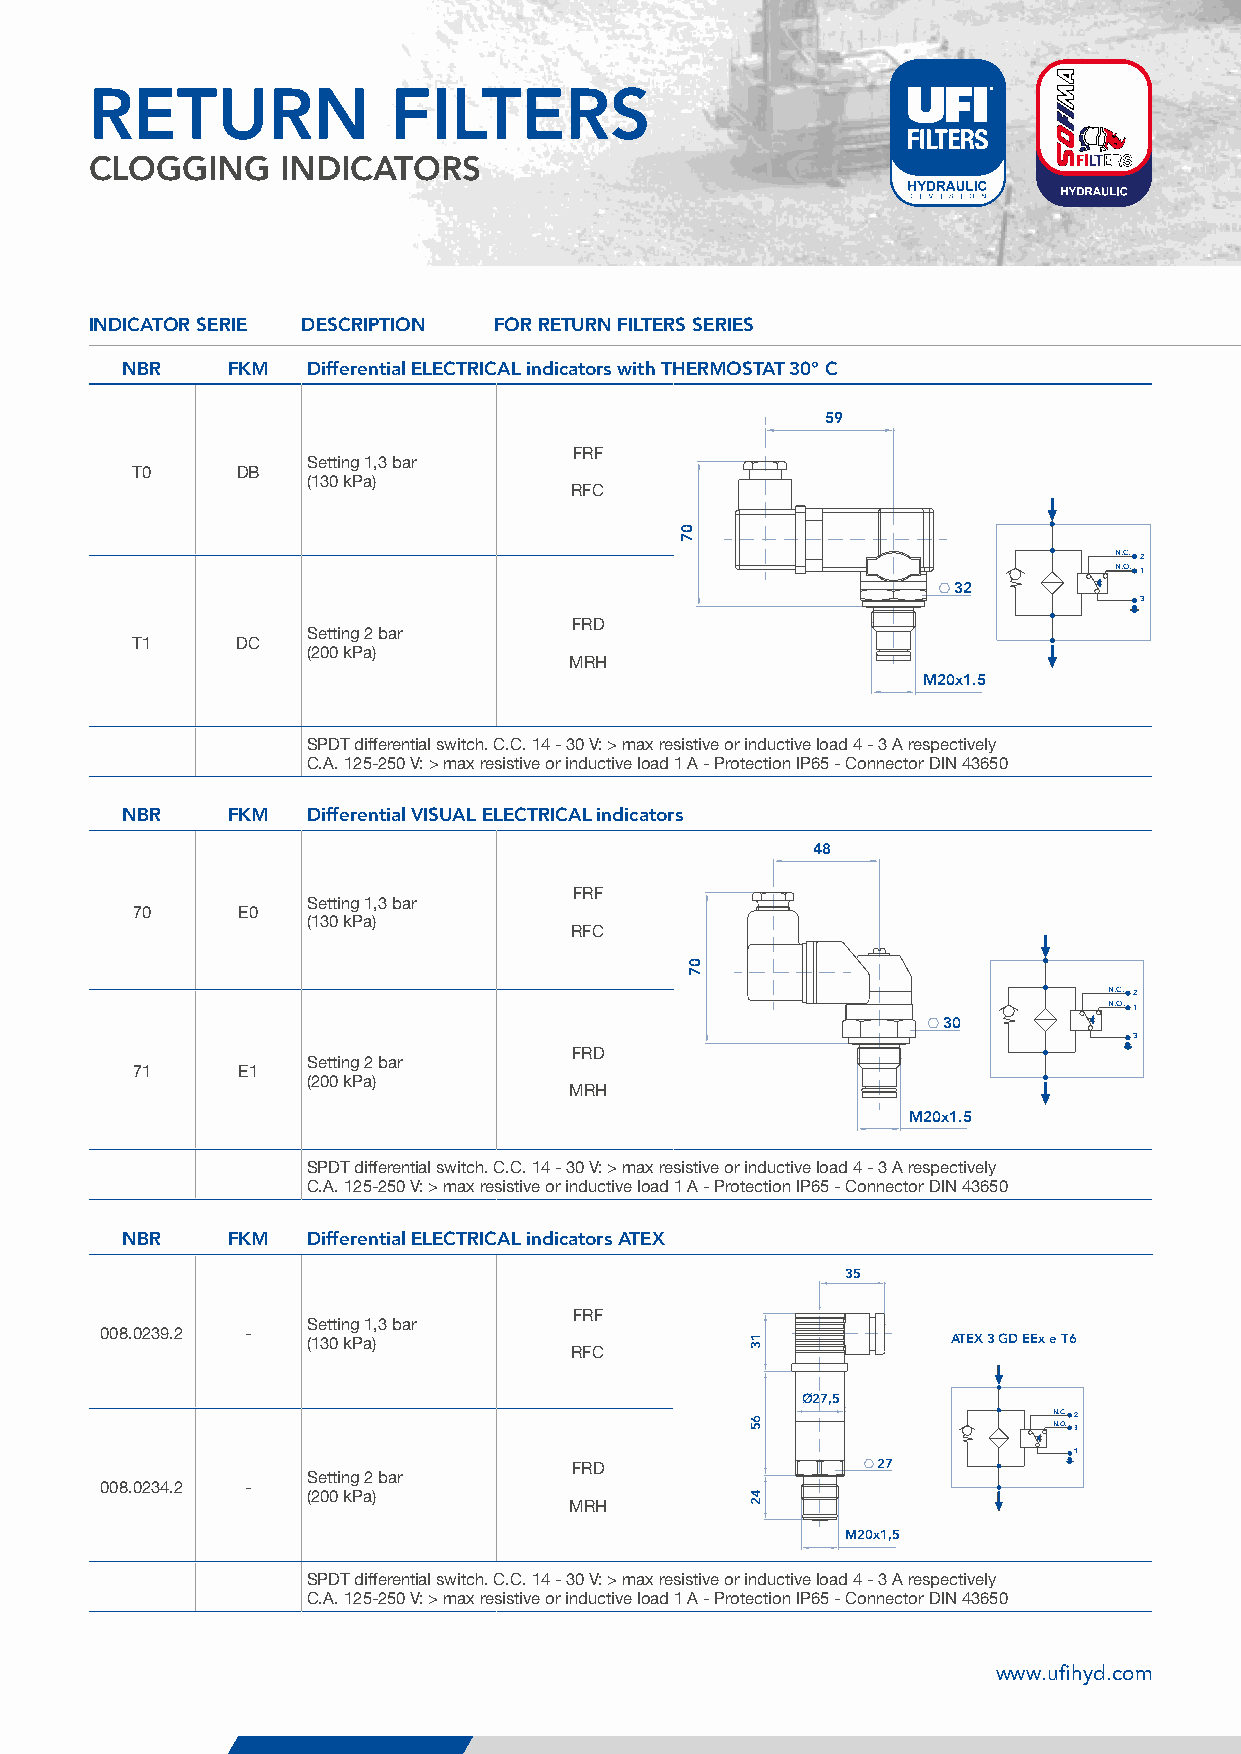
RETURN              FILTERS
 CLOGGING     INDICATORS
 INDICATOR SERIE DESCRIPTION FOR RETURN FILTERS SERIES
 NBR    FKM  Differential ELECTRICAL indicators with THERMOSTAT 30° C
 59
 FRF
 Setting 1,3 bar
 T0     DB
 (130 kPa)
 RFC
 N.C. 2
 N.O. 1
 32
 3
 FRD
 Setting 2 bar
 T1     DC
 (200 kPa)
 MRH
 M20x1.5
 SPDT differential switch. C.C. 14 - 30 V: > max resistive or inductive load 4 - 3 A respectively
 C.A. 125-250 V: > max resistive or inductive load 1 A - Protection IP65 - Connector DIN 43650
 NBR    FKM  Differential VISUAL ELECTRICAL indicators
 48
 FRF
 Setting 1,3 bar
 70     E0
 (130 kPa)
 RFC
 RETURN
 N.C. 2
 N.O. 1
 30
 3
 FRD
 Setting 2 bar
 71     E1
 (200 kPa)
 MRH
 T0
 M20x1.5
 SPDT differential switch. C.C. 14 - 30 V: > max resistive or inductive load 4 - 3 A respectively
 C.A. 125-250 V: > max resistive or inductive load 1 A - Protection IP65 - Connector DIN 43650
 NBR    FKM  Differential ELECTRICAL indicators ATEX
 35
 FRF
 Setting 1,3 bar
 008.0239.2 -                                            ATEX 3 GD EEx e T6
 (130 kPa)
 RFC
 Ø27,5
 RETURN
 N.C. 2
 N.O. 3
 1
 27
 FRD
 Setting 2 bar
 008.0234.2 - (200 kPa)
 MRH
 M20x1,5
 70
 SPDT differential switch. C.C. 14 - 30 V: > max resistive or inductive load 4 - 3 A respectively
 C.A. 125-250 V: > max resistive or inductive load 1 A - Protection IP65 - Connector DIN 43650
 274                                                         www.ufihyd.com
 RETURN
 008
 07
 07
 13
 65
 42